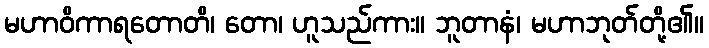
မဟာဝိကာရတောတိ၊ တော၊ ဟူသည်ကား။ ဘူတာနံ၊ မဟာဘုတ်တို့၏။